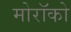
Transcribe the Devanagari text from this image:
मोरॉको